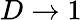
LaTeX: D\to 1